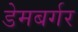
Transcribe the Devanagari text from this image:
डेमबर्गर